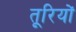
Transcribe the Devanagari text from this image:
तूरियों